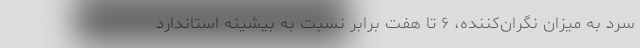
سرد به میزان نگران‌کننده، ۶ تا هفت برابر نسبت به بیشینه استاندارد